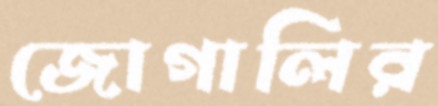
জোগালির